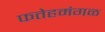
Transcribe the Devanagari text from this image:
फतेहमंगळ